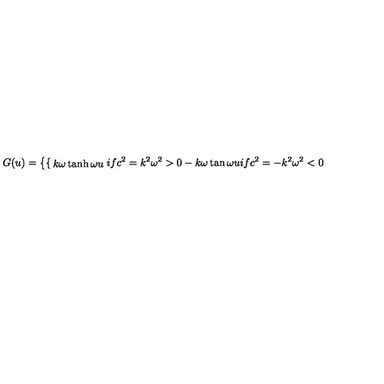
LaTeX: G ( u ) = \left\{ \begin{cases} { k \omega \tanh \omega u } & { i f c ^ { 2 } = k ^ { 2 } \omega ^ { 2 } > 0 } \\ { \noalign { \smallskip } - k \omega \tan \omega u } & { i f c ^ { 2 } = - k ^ { 2 } \omega ^ { 2 } < 0 } \\ \end{cases} \right.